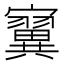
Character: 𪧴